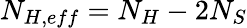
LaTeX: N_{H,eff}=N_{H}-2N_{S}